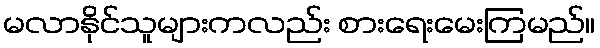
မလာနိုင်သူများကလည်း စားရေးမေးကြမည်။